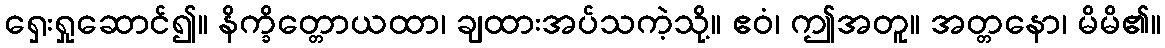
ရှေးရှုဆောင်၍။ နိက္ခိတ္တောယထာ၊ ချထားအပ်သကဲ့သို့။ ဧဝံ၊ ဤအတူ။ အတ္တနော၊ မိမိ၏။